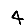
Digit: 4